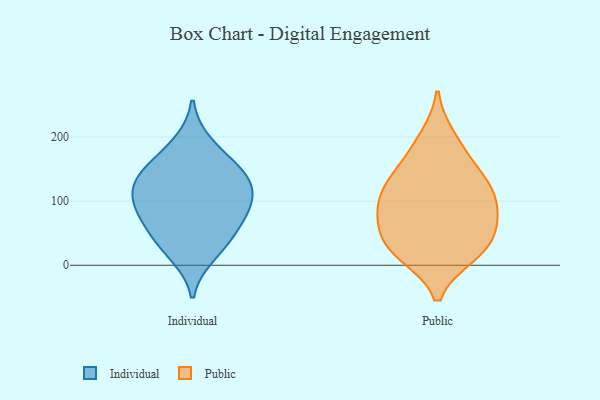
{"axis": {"x": "Demand Index", "y": "Value"}, "legend": ["Individual", "Public"], "data": [{"x": "", "y": 92, "type": "Individual"}, {"x": "", "y": 16, "type": "Individual"}, {"x": "", "y": 75, "type": "Individual"}, {"x": "", "y": 154, "type": "Individual"}, {"x": "", "y": 52, "type": "Individual"}, {"x": "", "y": 145, "type": "Individual"}, {"x": "", "y": 124, "type": "Individual"}, {"x": "", "y": 190, "type": "Individual"}, {"x": "", "y": 37, "type": "Individual"}, {"x": "", "y": 109, "type": "Individual"}, {"x": "", "y": 91, "type": "Individual"}, {"x": "", "y": 137, "type": "Individual"}, {"x": "", "y": 32, "type": "Public"}, {"x": "", "y": 17, "type": "Public"}, {"x": "", "y": 131, "type": "Public"}, {"x": "", "y": 199, "type": "Public"}, {"x": "", "y": 26, "type": "Public"}, {"x": "", "y": 21, "type": "Public"}, {"x": "", "y": 174, "type": "Public"}, {"x": "", "y": 109, "type": "Public"}, {"x": "", "y": 68, "type": "Public"}, {"x": "", "y": 92, "type": "Public"}, {"x": "", "y": 74, "type": "Public"}, {"x": "", "y": 70, "type": "Public"}, {"x": "", "y": 123, "type": "Public"}, {"x": "", "y": 136, "type": "Public"}]}